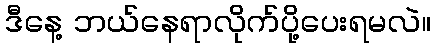
ဒီနေ့ ဘယ်နေရာလိုက်ပို့ပေးရမလဲ။